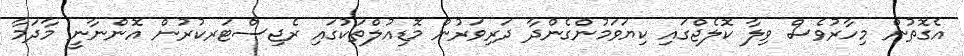
އެގޮތުން މިހާރުވެސް ވިލާ ކޮލެޖްގައި ކިޔަވަމުންގެންދާ ދަރިވަރުން މޮޑިއުލްތަކުގައި ރެޖިސްޓަރކުރުން އޮންނާނީ މާދަމާ